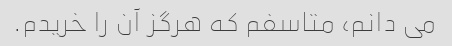
می دانم، متاسفم که هرگز آن را خریدم.